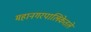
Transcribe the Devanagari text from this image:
महानगरपालिकेतले